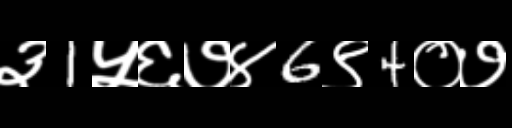
Text: ३1५६७४6९4०७